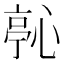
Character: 𭝵